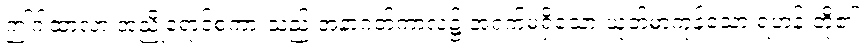
ဤဂါထာလာ အညိုရောင်စကားသည် အနာဂတ်ကာလ၌ အရှက်မရှိသော ယုတ်မာကုန်သော ရဟန်းတို့၏